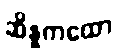
ဆိန္နကထော